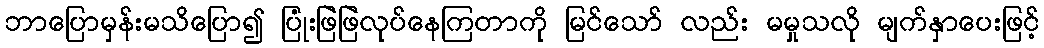
ဘာပြောမှန်းမသိပြော၍ ပြုံးဖြဲဖြဲလုပ်နေကြတာကို မြင်သော် လည်း မမှုသလို မျက်နှာပေးဖြင့်